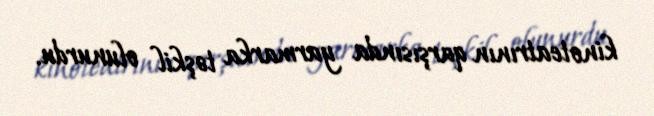
kinoteatrının qarşısında yarmarka təşkil olunurdu.